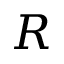
R